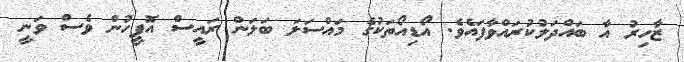
ޒާހިރު އާ ބައްދަލުކުރައްވާފައެވެ. އޯޑިއޯތަކުގެ މައްސަލަ ބަލަން ރައީސް އޮފީހުން ވެސް ވަނީ